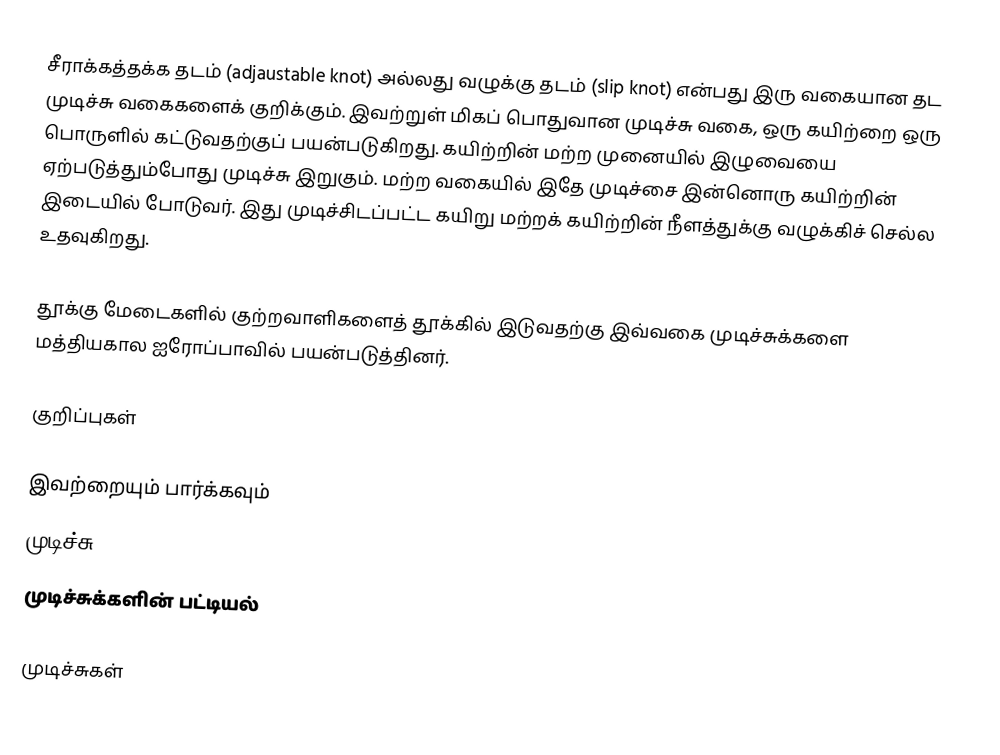
சீராக்கத்தக்க தடம் (adjaustable knot) அல்லது வழுக்கு தடம் (slip knot) என்பது இரு வகையான தட முடிச்சு வகைகளைக் குறிக்கும். இவற்றுள் மிகப் பொதுவான முடிச்சு வகை, ஒரு கயிற்றை ஒரு பொருளில் கட்டுவதற்குப் பயன்படுகிறது. கயிற்றின் மற்ற முனையில் இழுவையை ஏற்படுத்தும்போது முடிச்சு இறுகும். மற்ற வகையில் இதே முடிச்சை இன்னொரு கயிற்றின் இடையில் போடுவர். இது முடிச்சிடப்பட்ட கயிறு மற்றக் கயிற்றின் நீளத்துக்கு வழுக்கிச் செல்ல உதவுகிறது.

தூக்கு மேடைகளில் குற்றவாளிகளைத் தூக்கில் இடுவதற்கு இவ்வகை முடிச்சுக்களை மத்தியகால ஐரோப்பாவில் பயன்படுத்தினர்.

குறிப்புகள்

இவற்றையும் பார்க்கவும்
 முடிச்சு
 முடிச்சுக்களின் பட்டியல்

முடிச்சுகள்